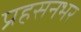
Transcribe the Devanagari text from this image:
प्रहसनभर